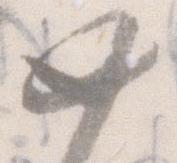
如